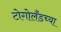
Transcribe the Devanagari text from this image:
टोगोलँडच्या